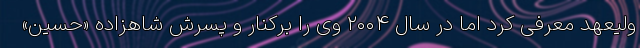
ولیعهد معرفی کرد اما در سال ۲۰۰۴ وی را برکنار و پسرش شاهزاده «حسین»